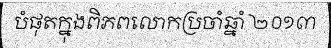
បំផុតក្នុងពិភពលោកប្រចាំឆ្នាំ ២០១៣